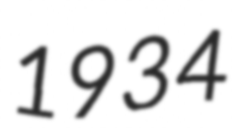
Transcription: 1934